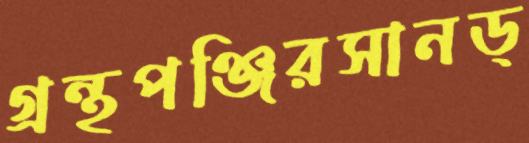
গ্রন্থপঞ্জিরসানড্